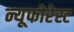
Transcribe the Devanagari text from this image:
न्यूफोरेस्ट